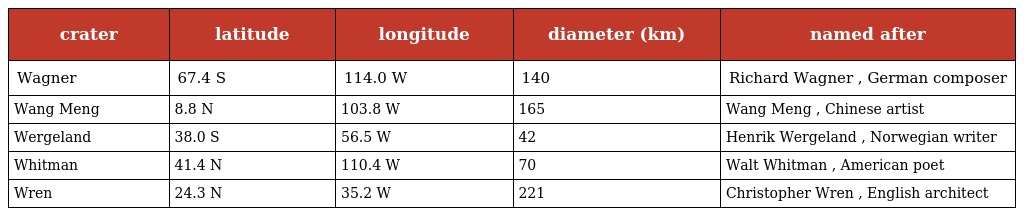
| crater | latitude | longitude | diameter (km) | named after |
 | --- | --- | --- | --- | --- |
 | Wagner | 67.4 S | 114.0 W | 140 | Richard Wagner , German composer |
 | Wang Meng | 8.8 N | 103.8 W | 165 | Wang Meng , Chinese artist |
 | Wergeland | 38.0 S | 56.5 W | 42 | Henrik Wergeland , Norwegian writer |
 | Whitman | 41.4 N | 110.4 W | 70 | Walt Whitman , American poet |
 | Wren | 24.3 N | 35.2 W | 221 | Christopher Wren , English architect |